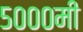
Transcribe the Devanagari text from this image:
५०००मी